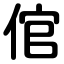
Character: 倌